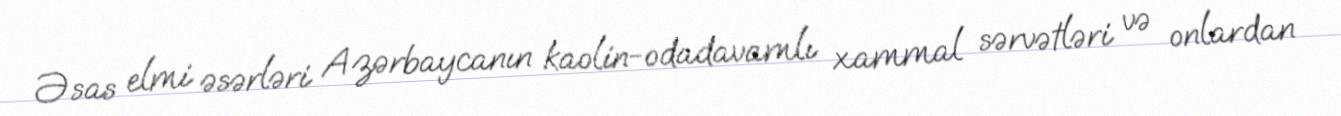
Əsas elmi əsərləri Azərbaycanın kaolin-odadavamlı xammal sərvətləri və onlardan